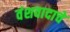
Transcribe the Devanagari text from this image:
वंशवादाचे